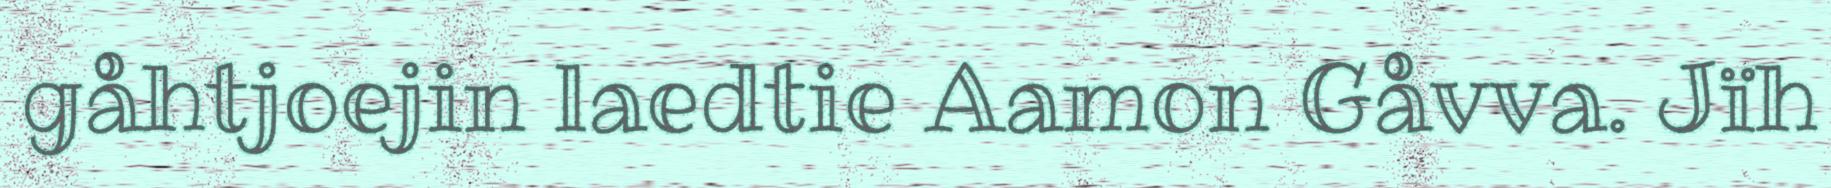
gåhtjoejin laedtie Aamon Gåvva. Jïh